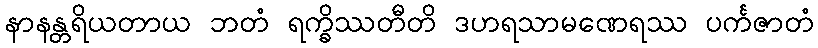
နာနန္တရိယတာယ ဘတံ ရက္ခိဿတီတိ ဒဟရသာမဏေရဿ ပင်္ကဇာတံ